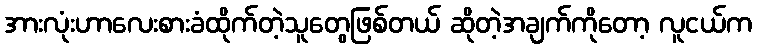
အားလုံးဟာလေးစားခံထိုက်တဲ့သူတွေဖြစ်တယ် ဆိုတဲ့အချက်ကိုတော့ လူငယ်က